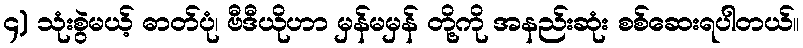
၄) သုံးစွဲမယ့် ဓာတ်ပုံ၊ ဗီဒီယိုဟာ မှန်မမှန် တို့ကို အနည်းဆုံး စစ်ဆေးရပါတယ်။